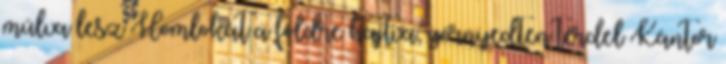
múlva lesz Homlokát a földre hajtva, görnyedten térdel Kántor